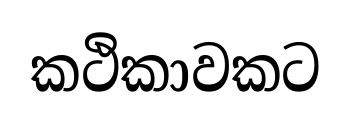
කථිකාවකට